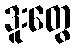
ဒူးတွေ